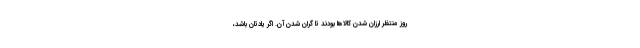
روز منتظر ارزان شدن کالاها بودند تا گران شدن آن. اگر یادتان باشد،